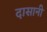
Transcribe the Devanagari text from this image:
दासानी